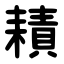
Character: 耫